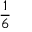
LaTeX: \frac { 1 } { 6 }